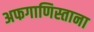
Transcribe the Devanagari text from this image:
अफगाणिस्ताना